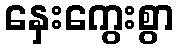
နှေးကွေးစွာ